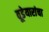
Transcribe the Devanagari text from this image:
वूडेयारांचा